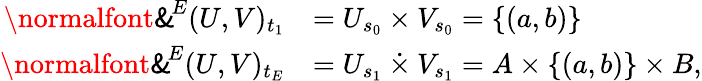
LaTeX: \begin{array}{rl}{\operatorname{\mathrm{\normalfont\sf\& }}^{\! E}(U,V)_{t_{1}}}&{=U_{s_{0}}\times V_{s_{0}}=\{ (a,b)\} }\\ {\operatorname{\mathrm{\normalfont\sf\& }}^{\! E}(U,V)_{t_{E}}}&{=U_{s_{1}}\mathbin{\dot{\times}}V_{s_{1}}=A\times\{ (a,b)\} \times B,}\end{array}